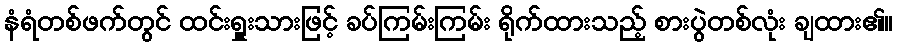
နံရံတစ်ဖက်တွင် ထင်းရှူးသားဖြင့် ခပ်ကြမ်းကြမ်း ရိုက်ထားသည့် စားပွဲတစ်လုံး ချထား၏။